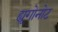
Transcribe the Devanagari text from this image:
ह्यूगोनोट